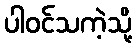
ပါဝင်သကဲ့သို့